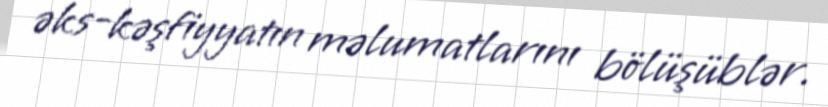
əks-kəşfiyyatın məlumatlarını bölüşüblər.